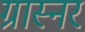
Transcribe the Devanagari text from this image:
ग्रास्नर